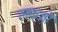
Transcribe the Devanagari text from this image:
लफ्ज़ों